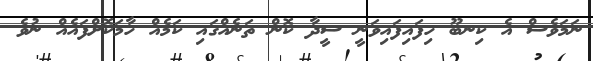
ނަމަވެސް އެ ކިނބޫ ހިފައިފައިވަނީ ސީދާ ކޮން ތަނެއްގައި ކަމެއް ހާމަކޮށްފައެއް ނުވެ